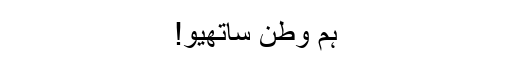
ہم وطن ساتھیو!